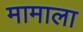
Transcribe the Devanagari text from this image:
मामाला